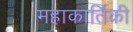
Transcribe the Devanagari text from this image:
महाकार्तिकी